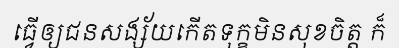
ធ្វើឲ្យជនសង្ស័យកើតទុក្ខមិនសុខចិត្ត ក៏